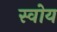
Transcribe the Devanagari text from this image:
स्वोय